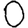
Digit: 0